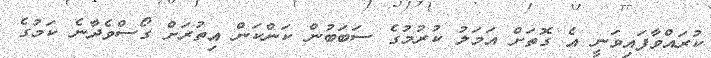
ކުރައްވާފައިވަނީ އެ ގޮތަށް އަމަލު ކުރުމުގެ ސަބަބުން ކަންކަން އިތުރަށް ގޯސްވެދާނެ ކަމުގެ